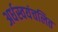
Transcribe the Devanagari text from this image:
अर्धस्वयंचलित